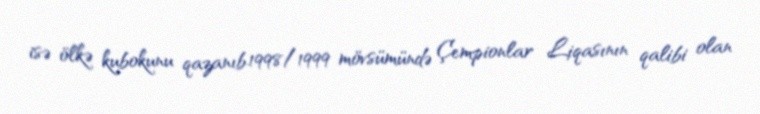
isə ölkə kubokunu qazanıb.1998/1999 mövsümündə Çempionlar Liqasının qalibi olan